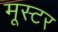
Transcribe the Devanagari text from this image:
मूस्टर